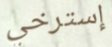
إسترخي